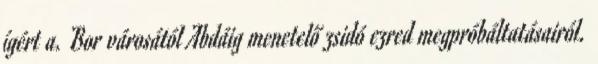
ígért a. Bor városától Abdáig menetelő zsidó ezred megpróbáltatásairól.